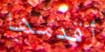
أقدمها